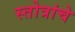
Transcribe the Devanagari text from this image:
स्तोत्रांचे